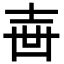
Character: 𡔥